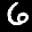
Label: 6